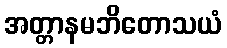
အတ္တာနမဘိတောသယံ